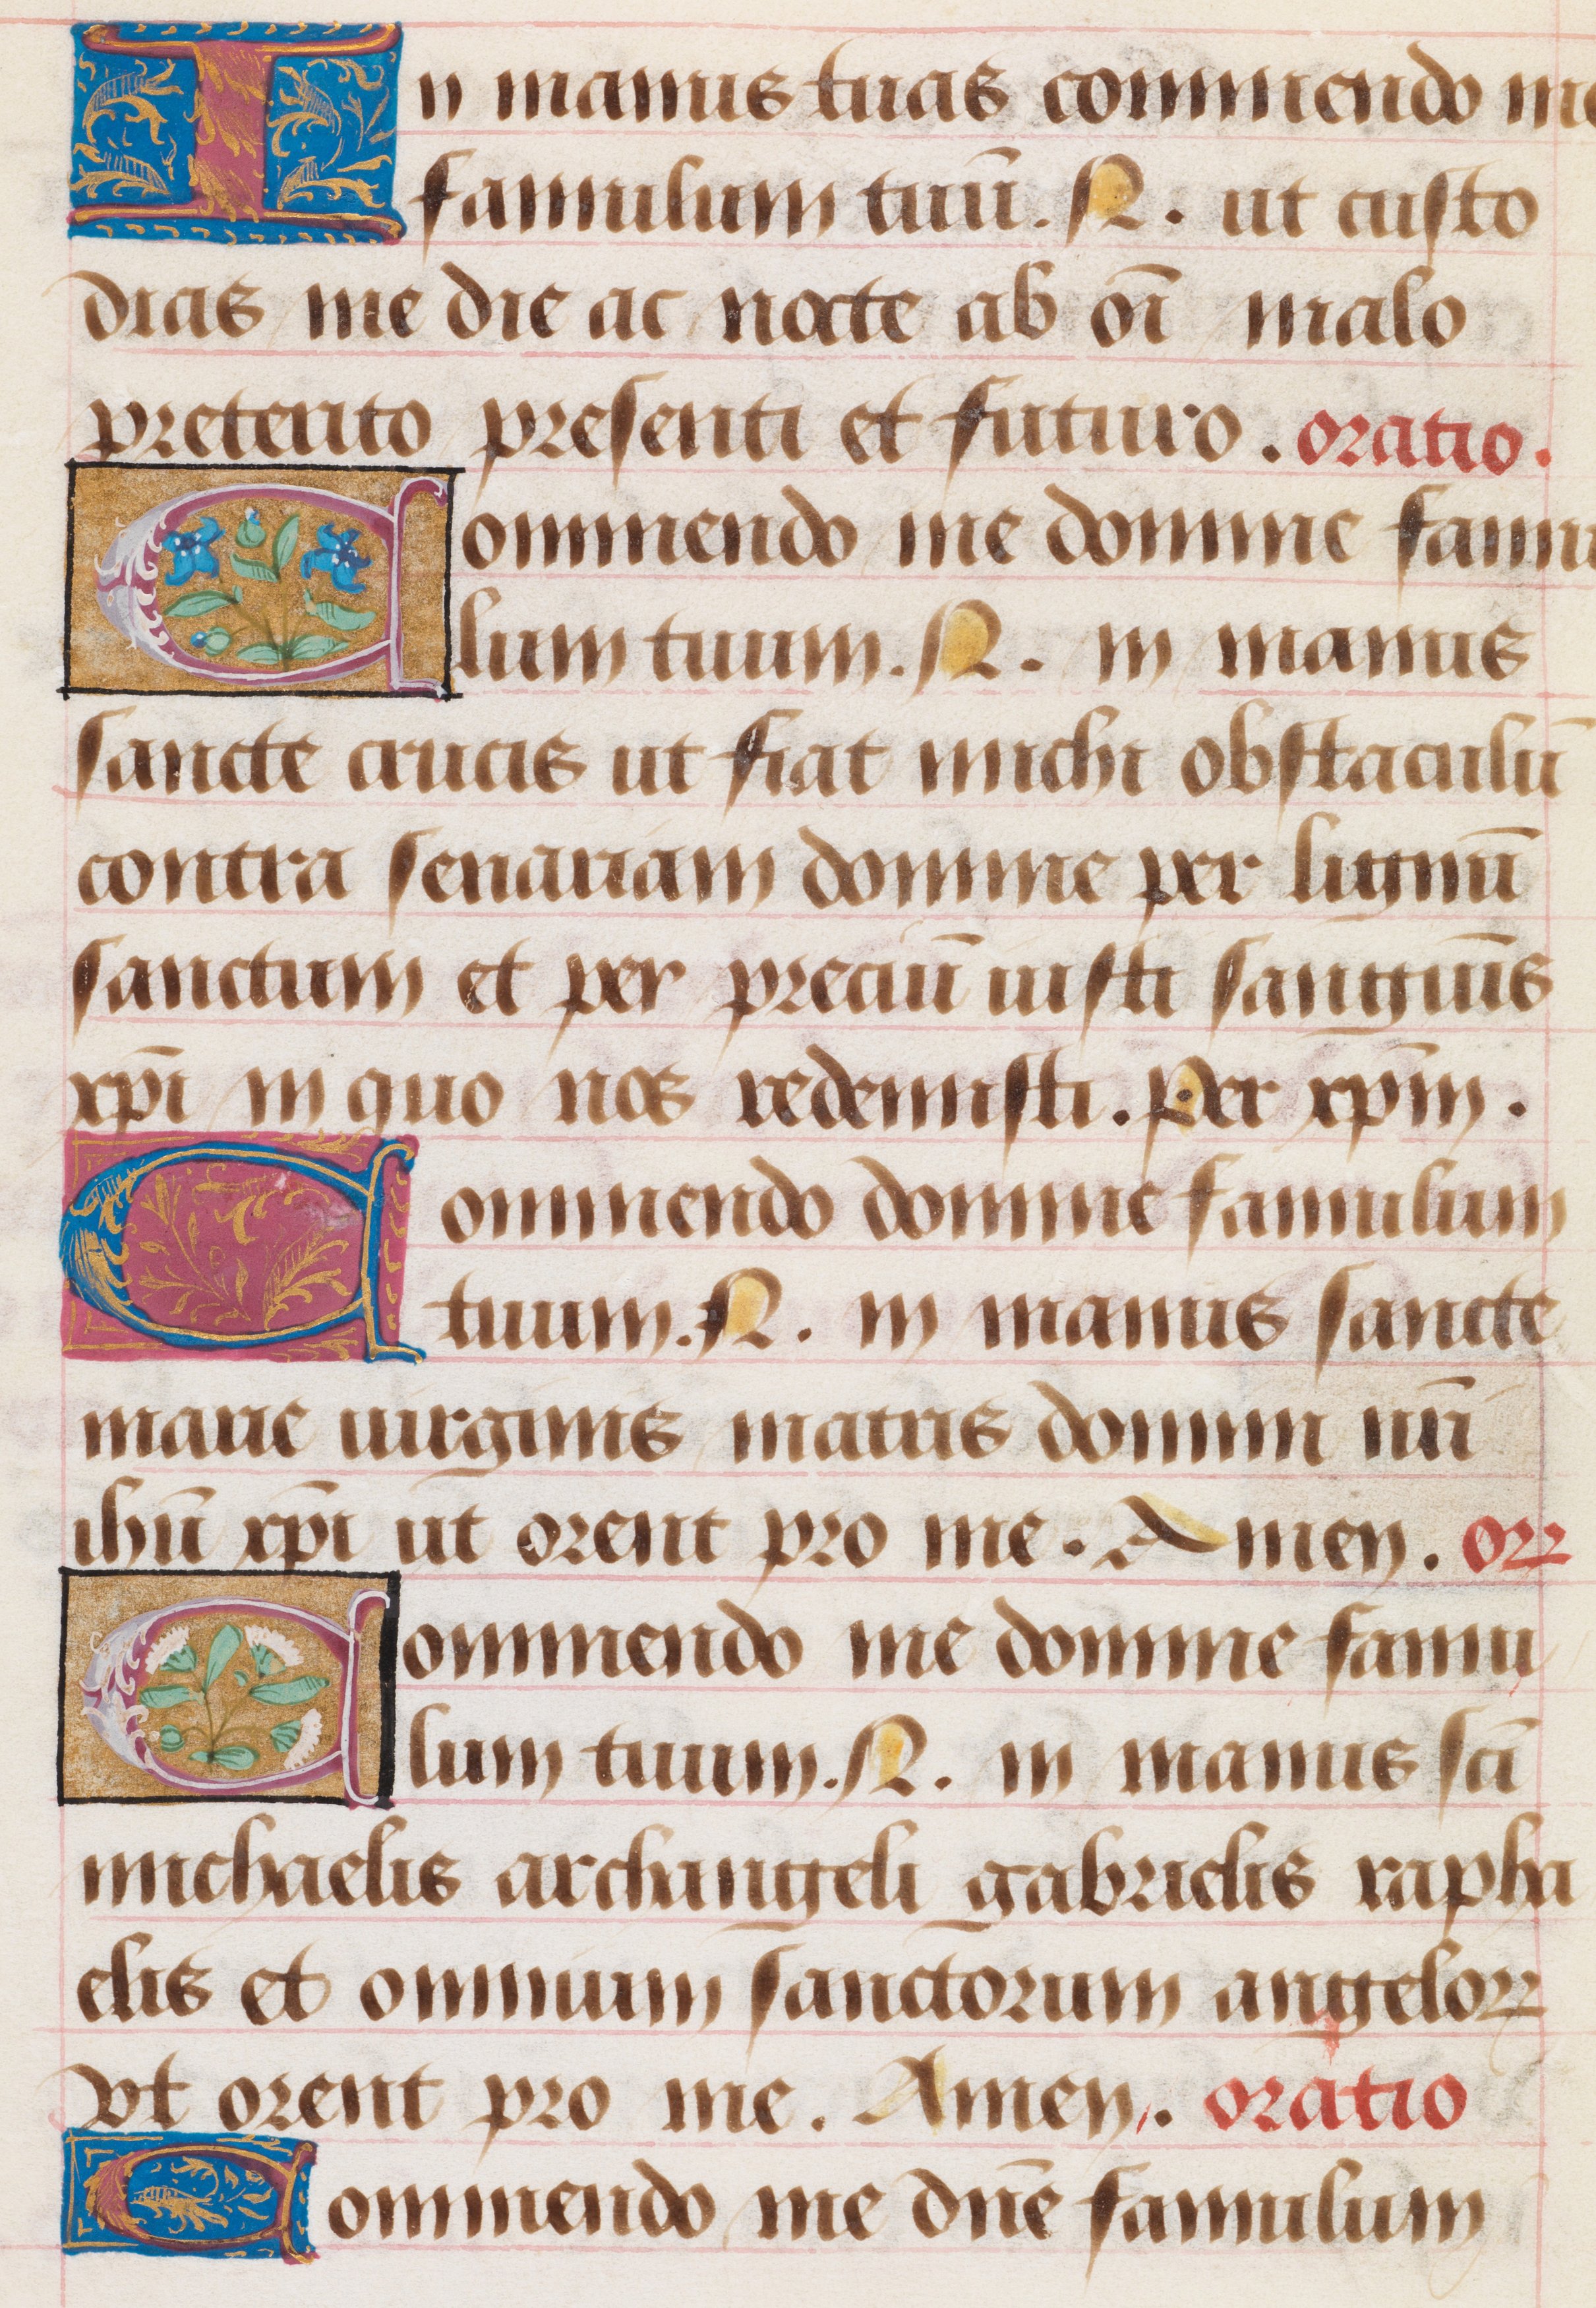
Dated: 1480–1490